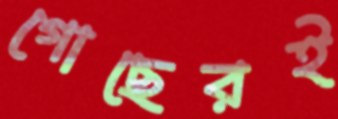
গোছেরই